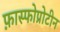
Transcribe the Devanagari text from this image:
फ़ास्फोप्रोटीन